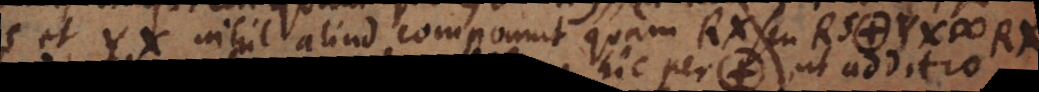
et YX nihil aliud componunt quam RX seu RS. YX